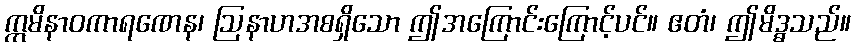
ဣမိနာဝကာရဏေန၊ ဩနာဟအစရှိသော ဤအကြောင်းကြောင့်ပင်။ ဧတံ၊ ဤမိဒ္ဓသည်။